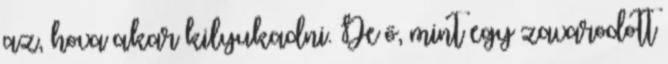
az, hova akar kilyukadni. De ő, mint egy zavarodott